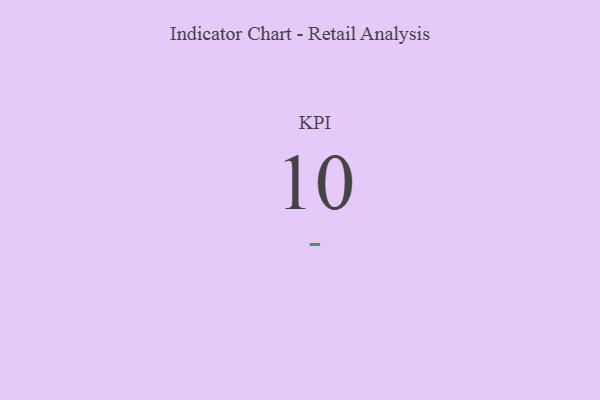
{"axis": {"x": "KPI", "y": "Value"}, "legend": [""], "data": [{"x": "KPI", "y": 10, "type": ""}]}